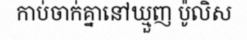
កាប់ចាក់គ្នានៅឃ្មួញ ប៉ូលិស